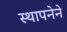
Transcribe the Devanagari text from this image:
स्‍थापनेने